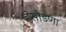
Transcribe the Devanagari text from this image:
हंसौडणा